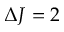
\Delta J = 2